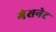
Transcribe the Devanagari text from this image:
गेसनेट